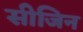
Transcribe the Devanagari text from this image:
सीजिन